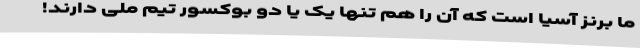
ما برنز آسیا است که آن را هم تنها یک یا دو بوکسور تیم ملی دارند!